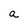
Character: a